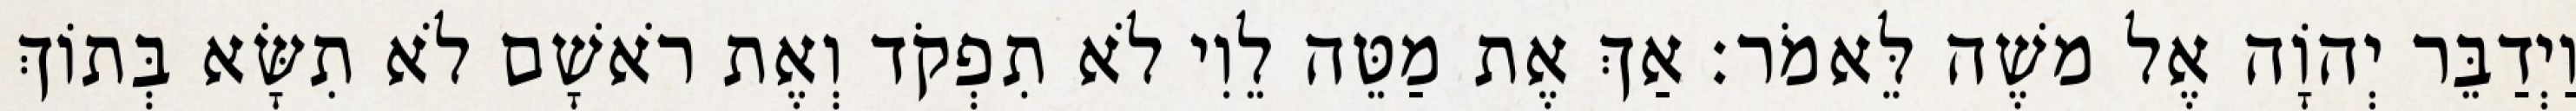
וַיְדַבֵּר יְהוָֹה אֶל משֶׁה לֵּאמֹר׃ אַךְ אֶת מַטֵּה לֵוִי לֹא תִפְקֹד וְאֶת רֹאשָׁם לֹא תִשָּׂא בְּתוֹךְ